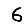
Digit: 6